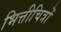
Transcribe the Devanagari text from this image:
भित्तीचित्रों